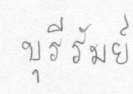
บุรีรัมย์